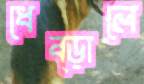
ধেব্‌ড়ালে